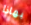
بهاذا